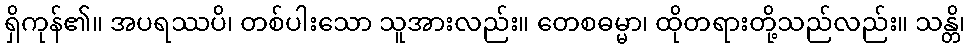
ရှိကုန်၏။ အပရဿပိ၊ တစ်ပါးသော သူအားလည်း။ တေစဓမ္မာ၊ ထိုတရားတို့သည်လည်း။ သန္တိ၊